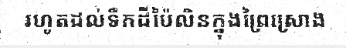
រហូតដល់ទឹកដីប៉ៃលិនក្នុងព្រៃស្រោង